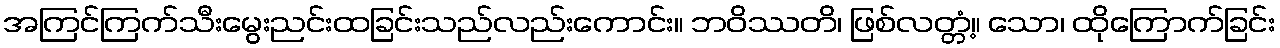
အကြင်ကြက်သီးမွေးညင်းထခြင်းသည်လည်းကောင်း။ ဘဝိဿတိ၊ ဖြစ်လတ္တံ့။ သော၊ ထိုကြောက်ခြင်း